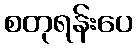
စတုရန်းပေ